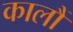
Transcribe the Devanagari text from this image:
कालौं